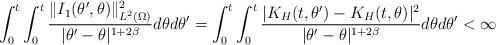
LaTeX: \begin{align*}\int_0^t \int_0^t \frac{\|I_1(\theta',\theta)\|_{L^2(\Omega)}^2}{|\theta'-\theta|^{1+2\beta}}d\theta d\theta' = \int_0^t \int_0^t \frac{|K_H(t,\theta')-K_H(t,\theta)|^2}{|\theta'-\theta|^{1+2\beta}}d\theta d\theta'<\infty\end{align*}